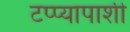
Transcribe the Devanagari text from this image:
टप्प्यापाशी